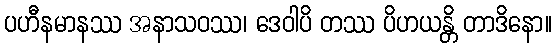
ပဟီနမာနဿ အနာသဝဿ၊ ဒေဝါပိ တဿ ပိဟယန္တိ တာဒိနော။